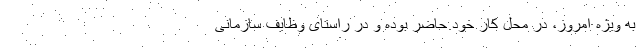
به ویژه امروز، در محل کار خود حاضر بوده و در راستای وظایف سازمانی